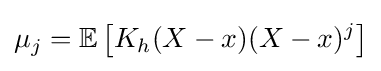
\mu _{j}=\mathbb {E} \left[K_{h}(X-x)(X-x)^{j}\right]